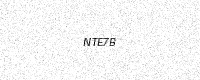
Text: NTE7B